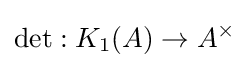
\det :K_{1}(A)\to A^{\times }